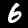
Label: 6